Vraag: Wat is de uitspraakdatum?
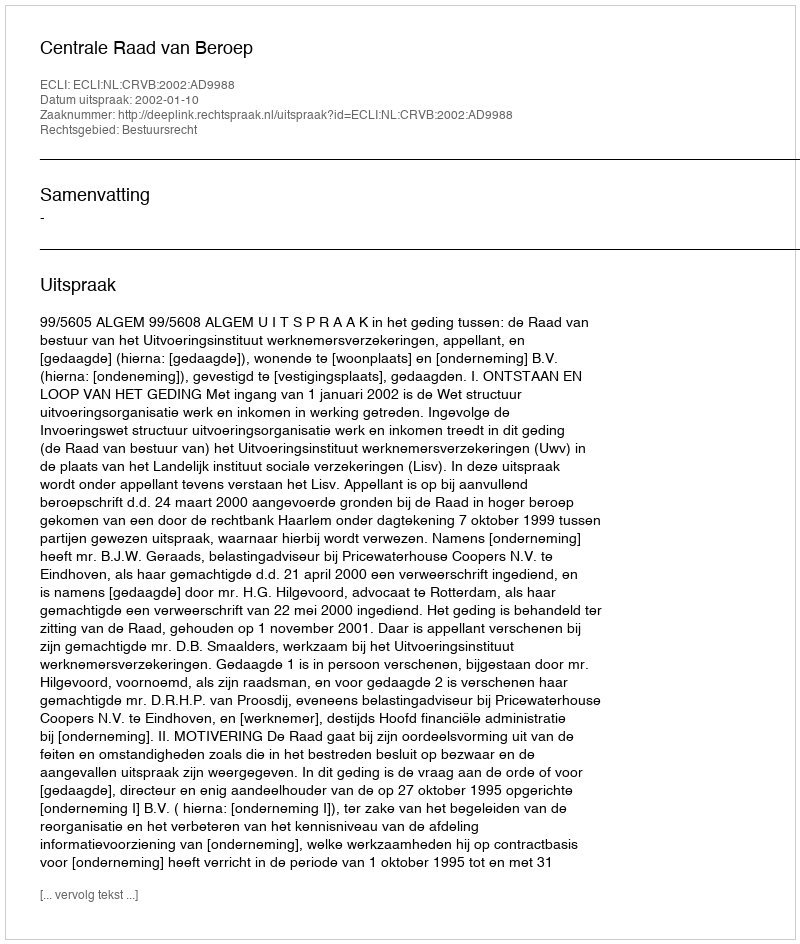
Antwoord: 2002-01-10